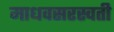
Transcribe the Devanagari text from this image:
माधवसरस्वती